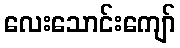
လေးသောင်းကျော်